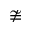
\ncong